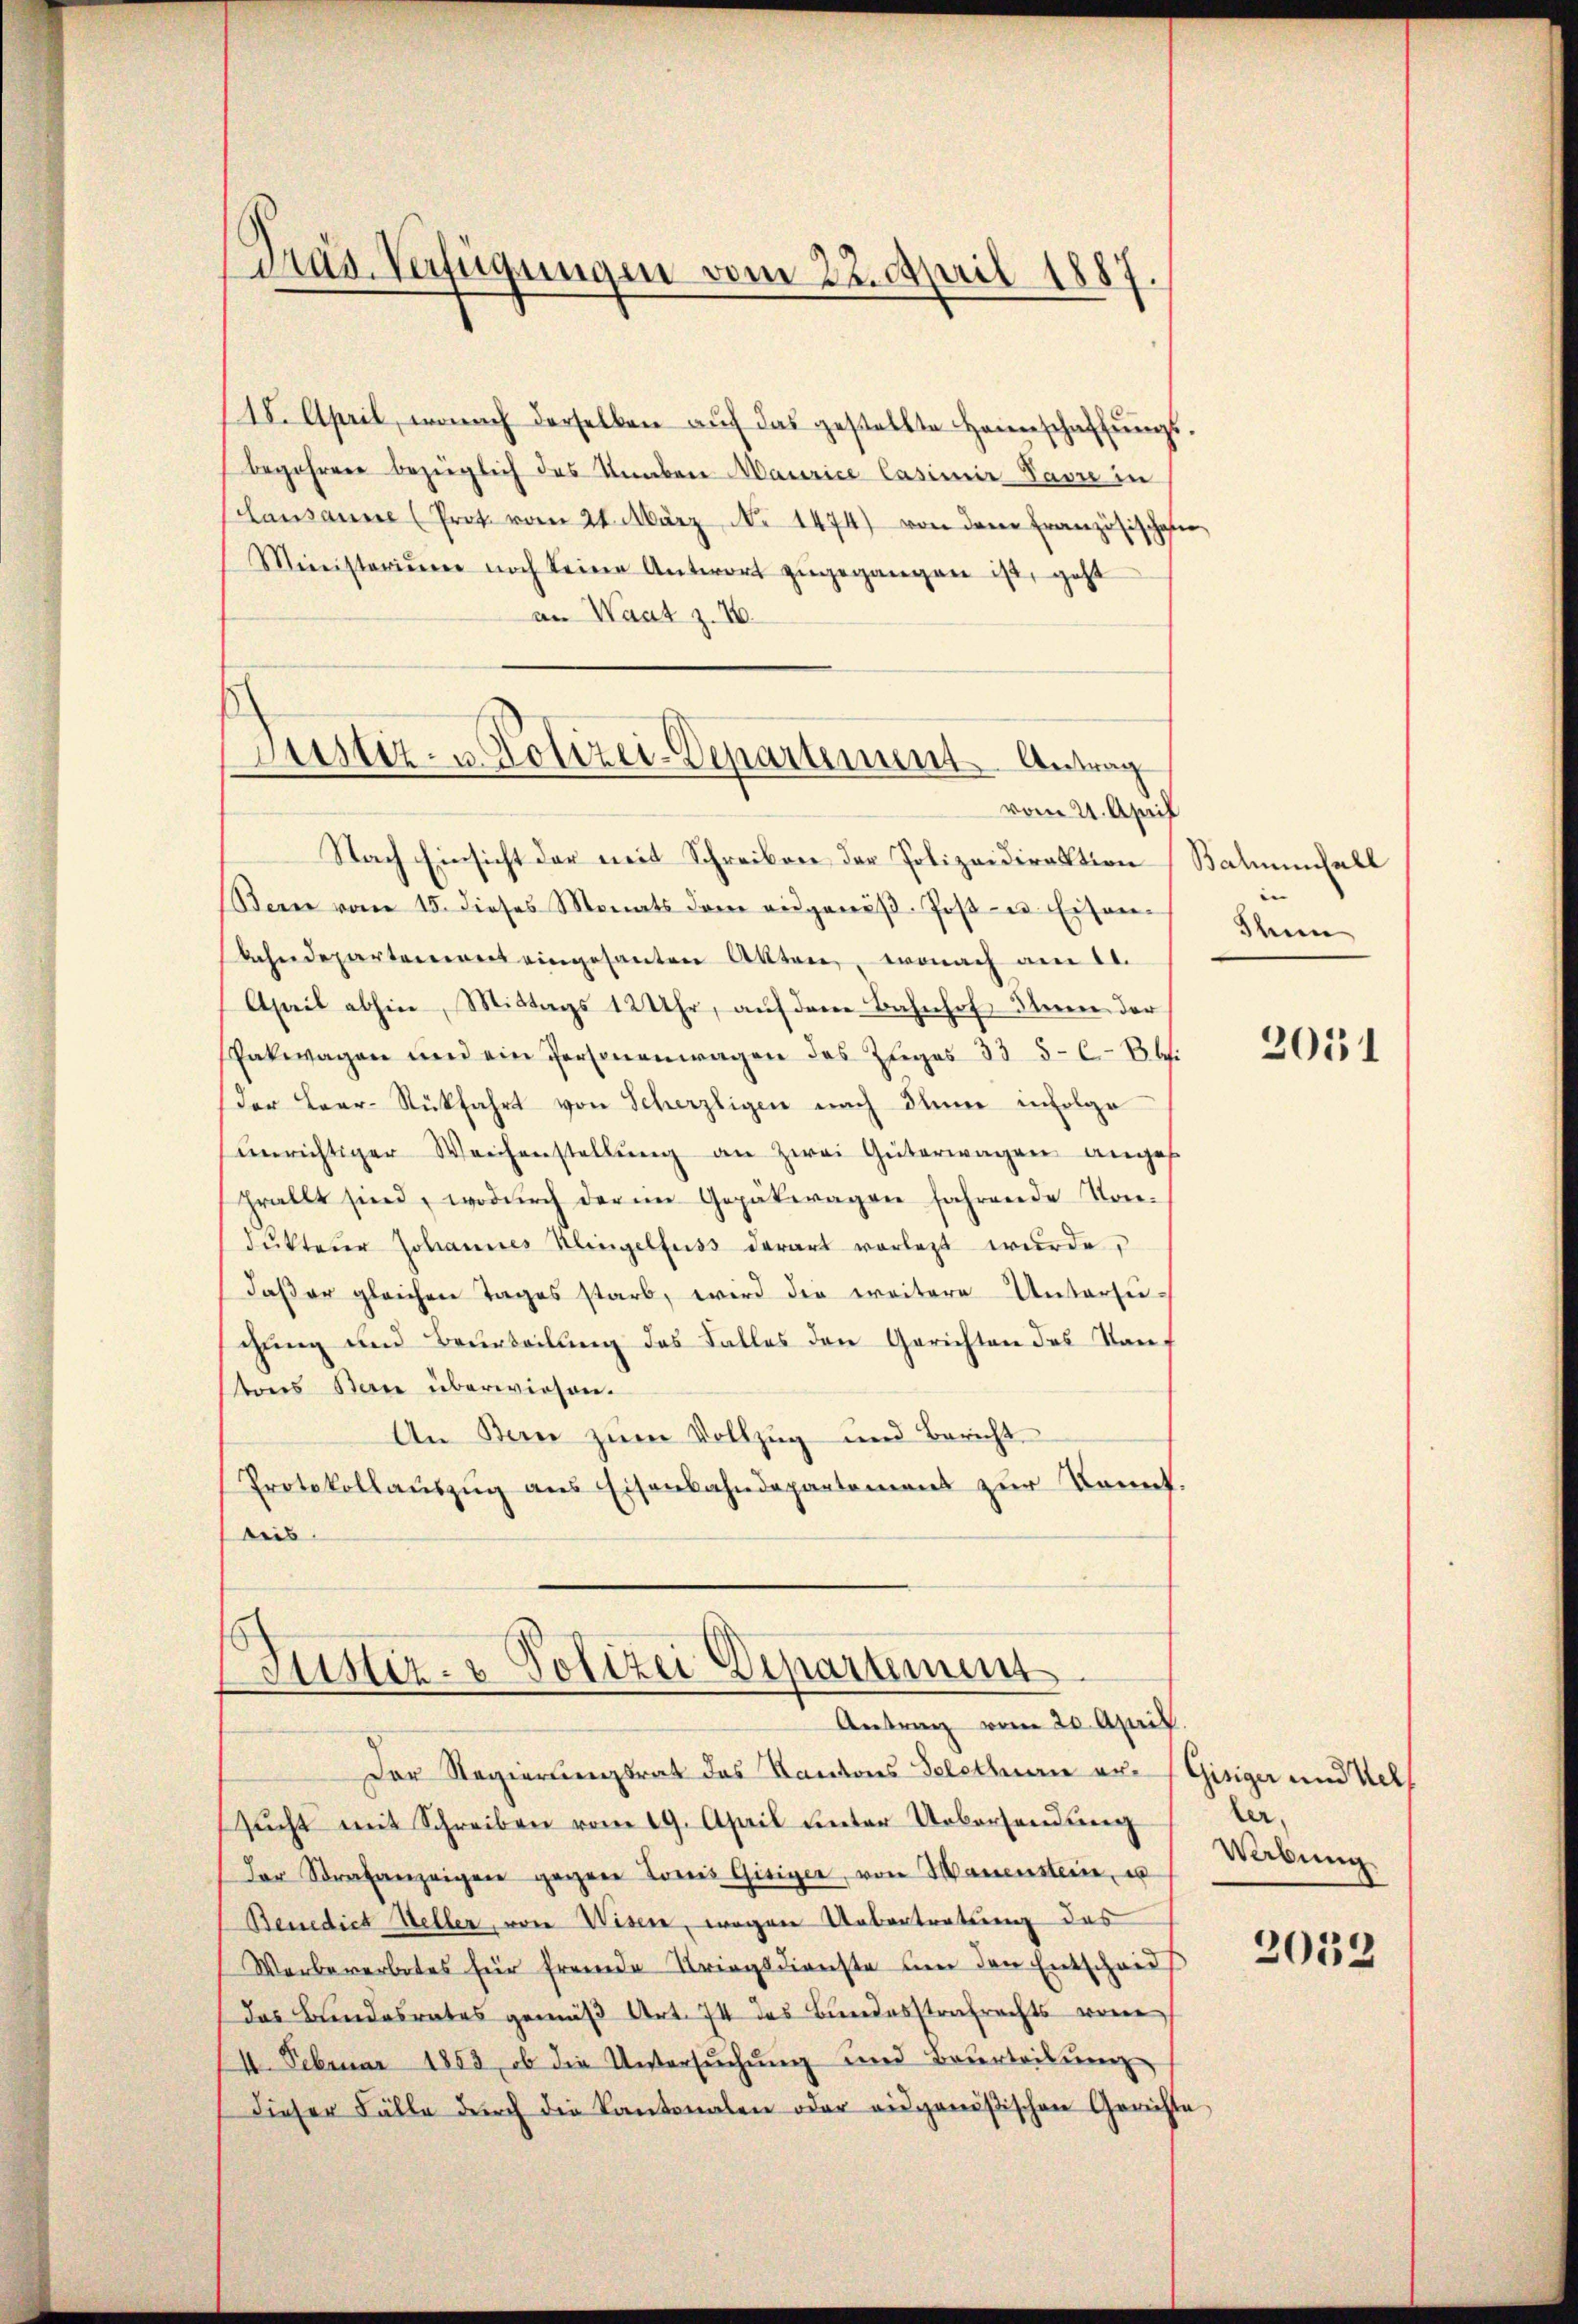
Präs. Verfügungen vom 22. April 1887

Justiz- u. Polizei-Departement. Antrag

(18. April, wonach derselben auf das gestellte Heimschaffungs
begehren bezüglich des Knaben Maurice Casimir Pavre in
Lausanne (Prot. vom 21. März No 1474) von dem Französischen
Ministerium noch keine Antwort zugegangen ist, geht
an Waat z. 16.
vom 21. April
Nach Einsicht der mit Schreiben der Polizeidirektion
Stern vom 15. dieses Monats dem angenöβ Joβ- u. Eisen-
kahndepartement eingesanten Akten, wonach am 11.
April abhin, Mittags 12 Uhr, auf dem Bahnhof Inen der
Pakwagen und ein Personenwagen des Eheges 33 5-6 - 8 bi
der Laar-Rückfahrt von Scherzligen nach Sinne infolge
unrichtiger Weichenstellŭng an Zwei Güterwagen anges
frällt sind, wodurch der im Gepätwagen fahrende Kon-
dŭkterer Johannes Klingelfuss derart vorlegt wurde,
daß er gleichen Tages starb, wird die weitere Untersue-
chung und Beurteilung des Falles den Gerichten des Kantons Berne überwiesen.
An Bern zum Vollzug und Bericht
Protokollaŭszŭg ans Eisenbahndepartement zur Kennt.
reis

Sitstiz- & Polizei Departement
Antrag vom 20. April.

Der Regierungsrat das Kantons-Telethan ersŭcht mit Schreiben vom 19. April unter Uebersendung
der Strafanzeigen gegen Lois Gisiger, von Hauenstein, u
Benedict Heller, von Wisen, wegen Uebertretung des
Werbeverbotes für fremde Kriegsdienste ŭm den Entscheids
das Bundesrates gemäß Art. 74 des Bundesstrafrechts vorn
4. Februar 1853, ob die Untersŭchŭng und Beurteilŭng
dieser Fälle dŭrch die Kantonalen oder eidgenößischen Gerichte

Balmenfall

Thun

2051

Gisiger und Wel
ler-
Webung

2052